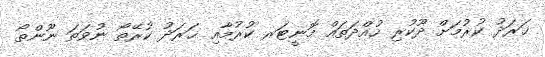
ޚަރަދު ކުރުމަށް ދޫކުރި ހުއްދަތައް މޮނީޓަރ ކުރުމާއި ޚަރަދު ކުރޭތޯ ނުވަތަ ނޫންތޯ